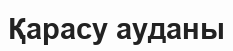
Қарасу ауданы